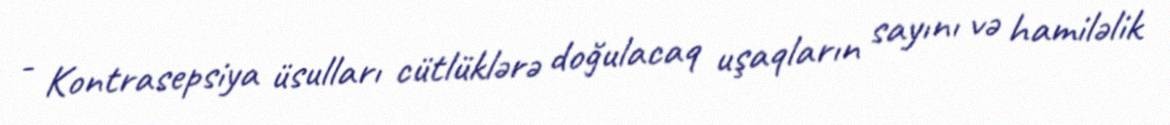
- Kontrasepsiya üsulları cütlüklərə doğulacaq uşaqların sayını və hamiləlik